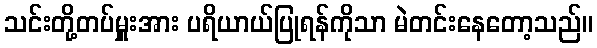
သင်းတို့တပ်မှူးအား ပရိယာယ်ပြုရန်ကိုသာ မဲတင်းနေတော့သည်။